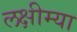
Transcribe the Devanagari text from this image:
लक्षीम्या